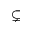
\subsetneq